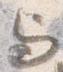
与